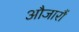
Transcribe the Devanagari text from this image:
औजारौं